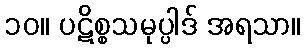
၁၀။ ပဋိစ္စသမုပ္ပါဒ် အရသာ။